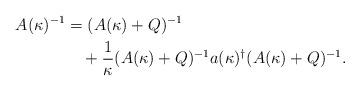
LaTeX: \begin{align*}A(\kappa)^{-1}&=(A(\kappa)+Q)^{-1}\\&\quad+\frac{1}{\kappa}(A(\kappa)+Q)^{-1}a(\kappa)^\dagger(A(\kappa)+Q)^{-1}.\end{align*}